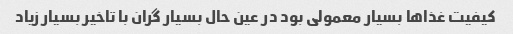
کیفیت غذاها بسیار معمولی بود در عین حال بسیار گران با تاخیر بسیار زیاد